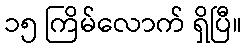
၁၅ ကြိမ်လောက် ရှိပြီ။